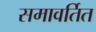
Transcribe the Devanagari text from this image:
समावर्तित